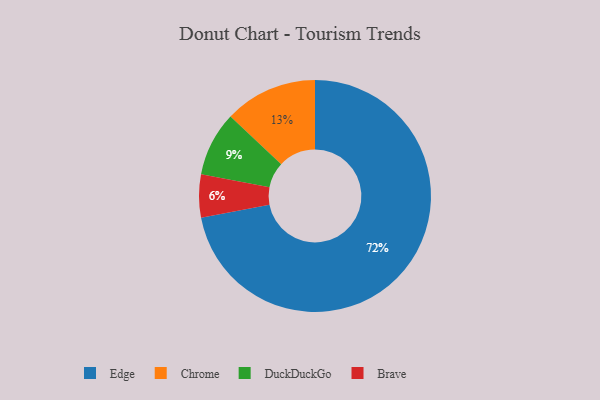
{"axis": {"x": "Category", "y": "Percentage"}, "legend": ["Brave", "Chrome", "DuckDuckGo", "Edge"], "data": [{"x": "DuckDuckGo", "y": 9, "type": "DuckDuckGo"}, {"x": "Edge", "y": 72, "type": "Edge"}, {"x": "Chrome", "y": 13, "type": "Chrome"}, {"x": "Brave", "y": 6, "type": "Brave"}]}